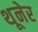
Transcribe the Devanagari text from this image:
थूनेर